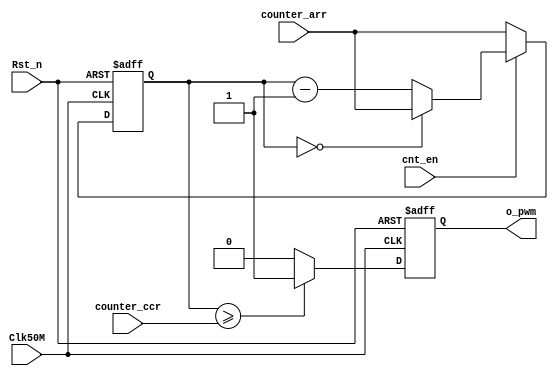
`timescale 1ns / 1ps
//////////////////////////////////////////////////////////////////////////////////
// Company: 
// Engineer: 
// 
// Design Name: 
// Module Name:    pwm_generator 
// Project Name: 
// Target Devices: 
// Tool versions: 
// Description: 
//
// Dependencies: 
//
// Revision: 
// Revision 0.01 - File Created
// Additional Comments: 
//
//////////////////////////////////////////////////////////////////////////////////
module pwm_generator(Clk50M, 
                 Rst_n,  
                  cnt_en,    
                 counter_arr,   
                  counter_ccr,    
                 o_pwm ); 
   input Clk50M;   //50MHz  
   input Rst_n;    //  
   input cnt_en;   // 
	input [31:0]counter_arr;//32  
   input [31:0]counter_ccr;//32  
   output reg o_pwm;   //pwm  
   reg [31:0]counter;//32 
   always@(posedge Clk50M or negedge Rst_n)    
		if(!Rst_n) 
			counter <= 32'd0;   
		else if(cnt_en)
		begin       
			if(counter == 0) 
            counter <= counter_arr;//0      
			else 
            counter <= counter - 1'b1;//1   
		end   
		else 
				counter <= counter_arr; //  
	always@(posedge Clk50M or negedge Rst_n)  
		if(!Rst_n)  //PWM     
			o_pwm <= 1'b1; 
		else if(counter >= counter_ccr)//    
			o_pwm <= 1'b1;  //0   
		else    //    
			o_pwm <= 1'b0; //1        
endmodule